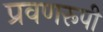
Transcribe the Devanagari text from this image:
प्रवणरूपी